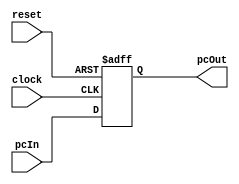
module pc(clock, reset, pcIn, pcOut);
	input clock, reset;
	input [31:0] pcIn;
	output [31:0] pcOut;
	reg [31:0] pcOut;
	
	
	initial
   begin
			pcOut=32'd0;
   end
	
	
	always @ (posedge clock or posedge reset)
	begin
		if(reset)
			pcOut<=32'd0;
		else
			pcOut<=pcIn;
	end
	
	
endmodule